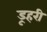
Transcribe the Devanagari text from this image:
डूहरी